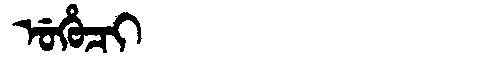
Manchu: ᡠᡥᡠᠴᡳ
Romanization: UHUCI